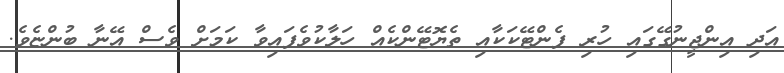
އަދި އިންޖީނުގޭގައި ހުރި ފެންޓޭކަކާއި ތެޔޮޓޭންކެއް ހަލާކުވެފައިވާ ކަމަށް ވެސް އޭނާ ބުންޏެވެ.